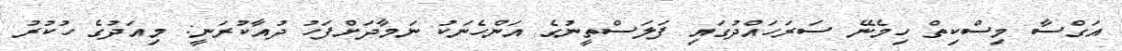
އަގްސާ މިސްކިތް ހިމެނޭ ސަރަހައްދުގައި ފަލަސްތީނުގެ އަންހެނަކު ނަމާދަށްފަހު ދުއާކުރަނީ: މިއަދުގެ ހުކުރު